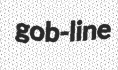
gob-line